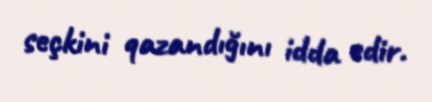
seçkini qazandığını idda edir.